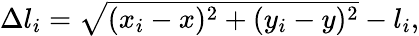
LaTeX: \begin{array}{r}{\Delta l_{i}=\sqrt{(x_{i}-x)^{2}+(y_{i}-y)^{2}}-l_{i},}\end{array}